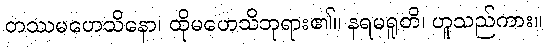
တဿမဟေသိနော၊ ထိုမဟေသိဘုရား၏။ နရမရူတိ၊ ဟူသည်ကား။